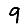
Digit: 9